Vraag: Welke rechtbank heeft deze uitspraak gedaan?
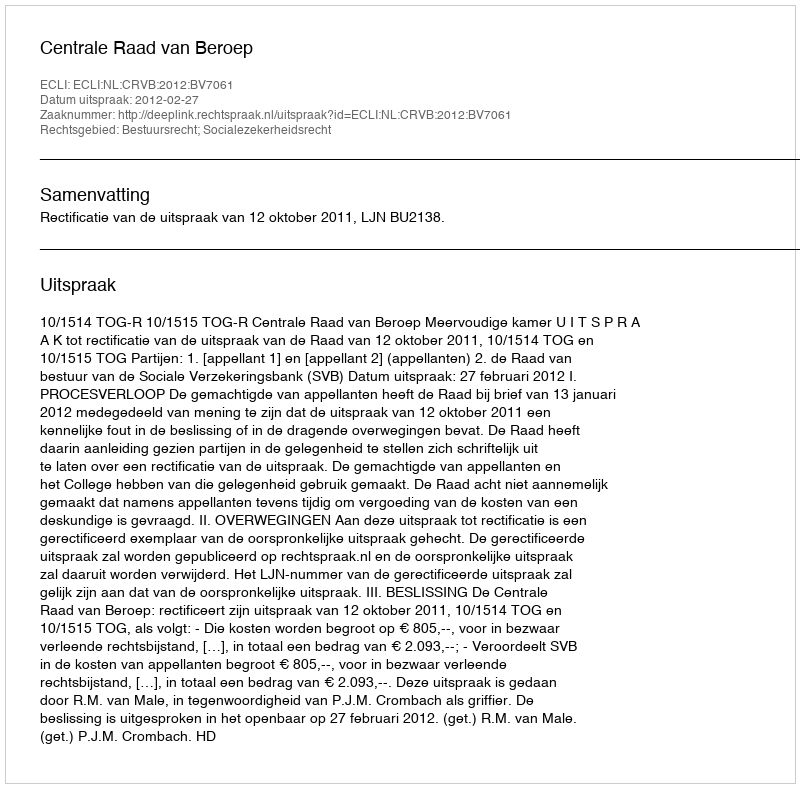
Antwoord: Centrale Raad van Beroep